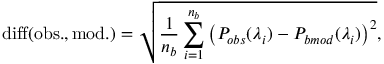
\mathrm { d i f f ( o b s . , m o d . ) } = \sqrt { \frac { 1 } { n _ { b } } \sum _ { i = 1 } ^ { n _ { b } } \left( P _ { o b s } ( \lambda _ { i } ) - P _ { b m o d } ( \lambda _ { i } ) \right) ^ { 2 } } ,